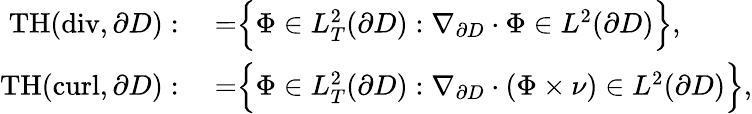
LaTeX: \begin{array}{rl}{\mathrm{TH}(\mathrm{div},\partial D):}&{{}=\Bigr\{ {\Phi}\in L_{T}^{2}(\partial D):\nabla_{\partial D}\cdot{\Phi}\in L^{2}(\partial D)\Bigr\} ,}\\ {\mathrm{TH}(\mathrm{curl},\partial D):}&{{}=\Bigr\{ {\Phi}\in L_{T}^{2}(\partial D):\nabla_{\partial D}\cdot({\Phi}\times{\nu})\in L^{2}(\partial D)\Bigr\} ,}\end{array}